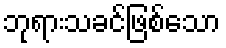
ဘုရားသခင်ဖြစ်သော